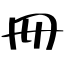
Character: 冊